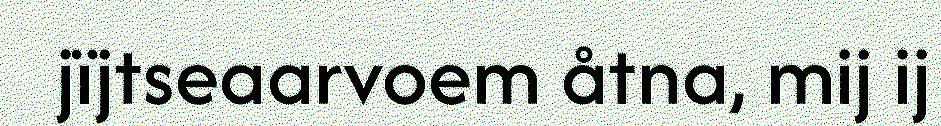
jïjtseaarvoem åtna, mij ij